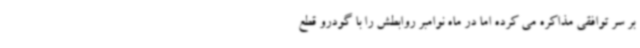
بر سر توافقی مذاکره می کرده اما در ماه نوامبر روابطش را با گودرو قطع